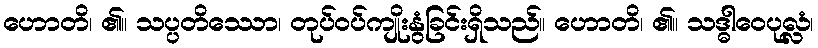
ဟောတိ၊ ၏။ သပ္ပတိဿော၊ တုပ်ဝပ်ကျိုးနွံခြင်းရှိသည်။ ဟောတိ၊ ၏။ သဒ္ဓါဝေပုလ္လံ၊